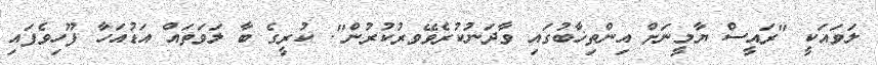
ލަވައަކީ "ރައީސް ޔާމީނަށް އިންތިޚާބުގައި ވާދަނުކުރެވޭވރުކުރުން". ކުރީގެ ބާ ލަވަތައް އަޑުއަހާ ފޫހިވެފައި